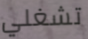
تشغلي